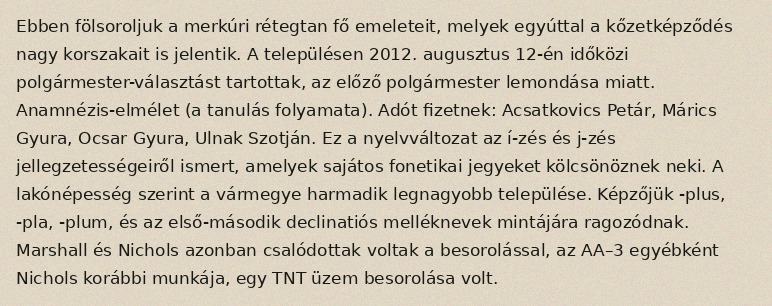
Ebben fölsoroljuk a merkúri rétegtan fő emeleteit, melyek egyúttal a kőzetképződés nagy korszakait is jelentik. A településen 2012. augusztus 12-én időközi polgármester-választást tartottak, az előző polgármester lemondása miatt. Anamnézis-elmélet (a tanulás folyamata). Adót fizetnek: Acsatkovics Petár, Márics Gyura, Ocsar Gyura, Ulnak Szotján. Ez a nyelvváltozat az í-zés és j-zés jellegzetességeiről ismert, amelyek sajátos fonetikai jegyeket kölcsönöznek neki. A lakónépesség szerint a vármegye harmadik legnagyobb települése. Képzőjük -plus, -pla, -plum, és az első-második declinatiós melléknevek mintájára ragozódnak. Marshall és Nichols azonban csalódottak voltak a besorolással, az AA–3 egyébként Nichols korábbi munkája, egy TNT üzem besorolása volt.